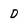
Character: D